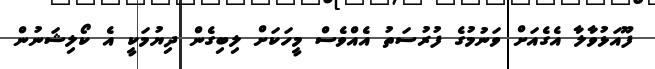
ފޫއަޅުވާލާ އެގެއަށް ވަނުމުގެ ފުރުސަތު އެއްވެސް މީހަކަށް ލިބިގެން ދިޔުމަކީ އެ ކޯލިޝަނުން